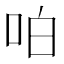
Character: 㕷